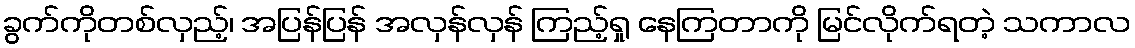
ခွက်ကိုတစ်လှည့်၊ အပြန်ပြန် အလှန်လှန် ကြည့်ရှု နေကြတာကို မြင်လိုက်ရတဲ့ သကာလ